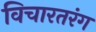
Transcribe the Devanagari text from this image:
विचारतरंग